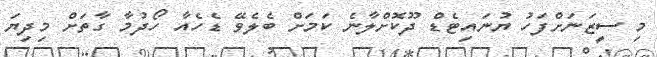
މި ސީޒަނަށްފަހު ޔުނައިޓެޑް ދޫކޮށްލާނެ ކަމަށް ބެލެވޭ ޑެހެއާ ހޯދުމާ ގާތަށް މިދިޔަ